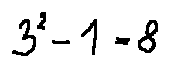
3 ^ { 2 } - 1 = 8